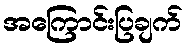
အကြောင်းပြချက်